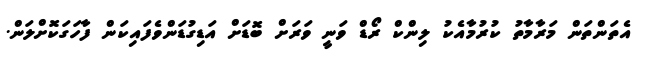
އެތަންތަން މަރާމާތު ކުރުމާއެކު ލިންކް ރޯޑް ވަނީ ވަރަށް ބޮޑަށް އަޑިގުޑަންވެފައިކަން ފާހަގަކޮށްލަން.